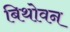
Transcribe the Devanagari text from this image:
बिथोवन